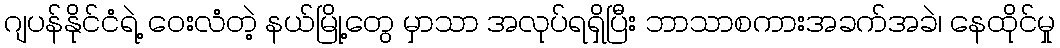
ဂျပန်နိုင်ငံရဲ့ ဝေးလံတဲ့ နယ်မြို့တွေ မှာသာ အလုပ်ရရှိပြီး ဘာသာစကားအခက်အခဲ၊ နေထိုင်မှု